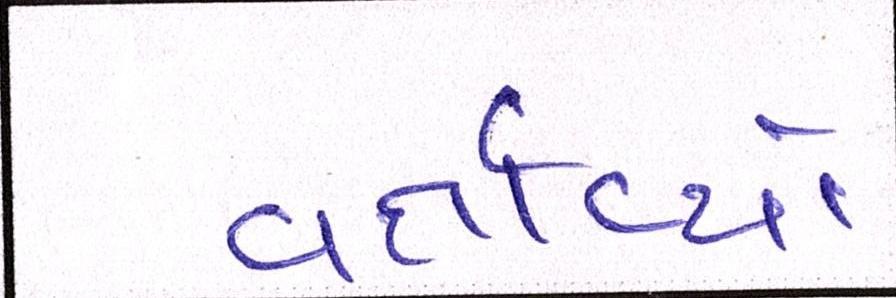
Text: વર્તાવ્યો